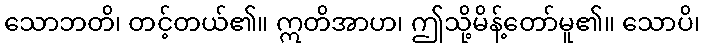
သောဘတိ၊ တင့်တယ်၏။ ဣတိအာဟ၊ ဤသို့မိန့်တော်မူ၏။ သောပိ၊